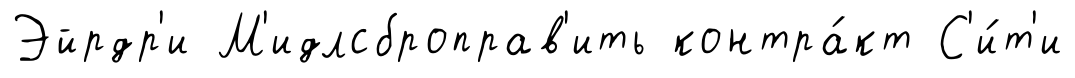
Эйрдр'и М'идлсброправ'ить контра́кт С'и́т'и